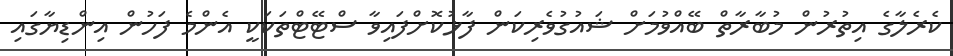
ކެރެލާގެ އިތުރުން މުބާރާތް ބޭއްވުމަށް ޝައުގުވެރިކަން ފާޅުކޮށްފައިވާ ސްޓޭޓްތަކަކީ އެންމެ ފަހުން އިންޑިޔާގައި